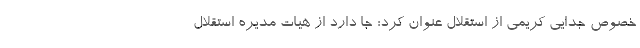
خصوص جدایی کریمی از استقلال عنوان کرد: جا دارد از هیات مدیره استقلال